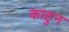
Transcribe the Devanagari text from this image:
काहुन